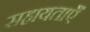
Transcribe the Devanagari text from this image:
सहायताएँ